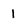
Character: 1